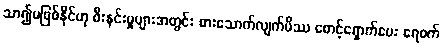
သာ၍မဖြစ်နိုင်ဟု စီးနင်းမှုများအတွင်း စားသောက်လျက်မိဿ စောင့်ရှောက်ပေး ရေဝက်